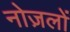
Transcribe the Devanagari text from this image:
नोज़लों